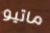
ماتيو